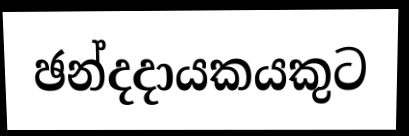
ඡන්දදායකයකුට